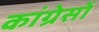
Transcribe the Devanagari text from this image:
कांग्रेसों